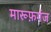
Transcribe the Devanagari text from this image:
मारूफ़गंज